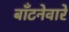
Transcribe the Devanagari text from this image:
बाँटनेवारे